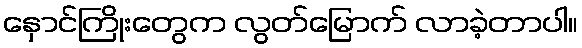
နှောင်ကြိုးတွေက လွတ်မြောက် လာခဲ့တာပါ။